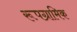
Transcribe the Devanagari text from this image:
रूपग्रामिक